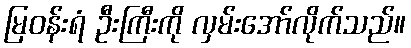
မြဝန်းရံ ဦးကြီးကို လှမ်းအော်လိုက်သည်။